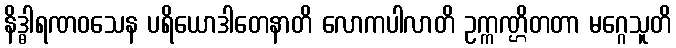
နိဒ္ဓါရဏဝသေန ပရိယောဒါတေနာတိ လောကပါလာတိ ဥက္ကဏ္ဌိတတာ မဂ္ဂေသူတိ